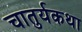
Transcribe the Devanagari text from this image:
चातुर्यकथा